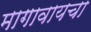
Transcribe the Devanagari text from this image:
मागावायचा